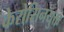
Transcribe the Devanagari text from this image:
केरोसिनयुक्त